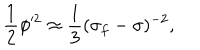
{ \frac { 1 } { 2 } \phi ^ { 2 } \approx \frac { 1 } { 3 } ( \sigma _ { f } - \sigma ) ^ { - 2 } , }